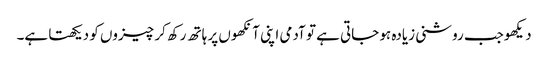
دیکھوجب روشنی زیادہ ہو جاتی ہے تو آدمی اپنی آنکھوں پر ہاتھ رکھ کر چیزوں کو دیکھتا ہے۔